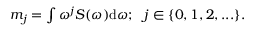
\begin{array} { r } { m _ { j } = \int \omega ^ { j } S ( \omega ) \mathrm { d } \omega ; ~ ~ j \in \{ 0 , 1 , 2 , . . . \} . } \end{array}